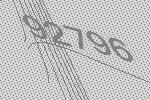
92796